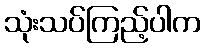
သုံးသပ်ကြည့်ပါက